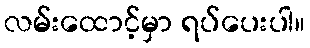
လမ်းထောင့်မှာ ရပ်ပေးပါ။